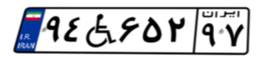
۹۴W۶۵۲۹۷